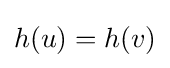
h(u)=h(v)